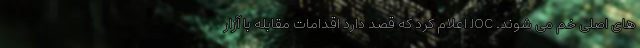
های اصلی خم می شوند. JOC اعلام کرد که قصد دارد اقدامات مقابله با آزار